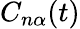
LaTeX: C_{n\alpha}(t)